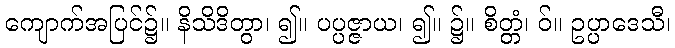
ကျောက်အပြင်၌။ နိသိဒိတွာ၊ ၍။ ပပ္ပဇ္ဇာယ၊ ၍။ ၌။ စိတ္တံ၊ ဝ်။ ဥပ္ပာဒေသီ၊